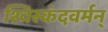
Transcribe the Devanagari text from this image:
श्विस्कंदवर्मन्